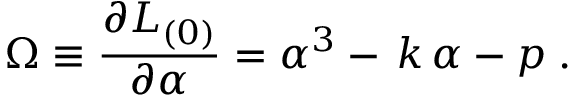
\Omega \equiv \frac { \partial L _ { ( 0 ) } } { \partial \alpha } = \alpha ^ { 3 } - \, k \, \alpha - p \; .